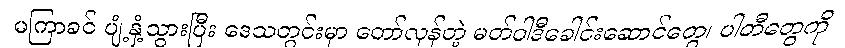
မကြာခင် ပျံ့နှံ့သွားပြီး ဒေသတွင်းမှာ တော်လှန်တဲ့ မတ်ဝါဒီခေါင်းဆောင်တွေ၊ ပါတီတွေကို